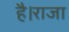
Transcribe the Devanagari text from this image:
है।राजा